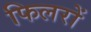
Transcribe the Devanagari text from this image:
फिलरों